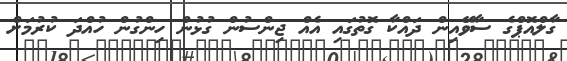
ގާލްއޮޕްގެ ސާވޭއިން ދައްކާ ގޮތުގައި އެއް ޖިންސުން ގުޅުން ހިންގުން ހުއްދަ ކުރުމަށް